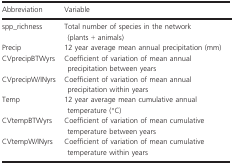
<table><thead><tr><td><b>Abbreviation</b></td><td><b>Variable</b></td></tr></thead><tbody><tr><td>spp_richness</td><td>Total number of species in the network (plants + animals)</td></tr><tr><td>Precip</td><td>12 year average mean annual precipitation (mm)</td></tr><tr><td>CVprecipBTWyrs</td><td>Coefficient of variation of mean annual precipitation between years</td></tr><tr><td>CVprecipW/INyrs</td><td>Coefficient of variation of mean annual precipitation within years</td></tr><tr><td>Temp</td><td>12 year average mean cumulative annual temperature (°C)</td></tr><tr><td>CVtempBTWyrs</td><td>Coefficient of variation of mean cumulative temperature between years</td></tr><tr><td>CVtempW/INyrs</td><td>Coefficient of variation of mean cumulative temperature within years</td></tr></tbody></table>